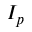
I _ { p }